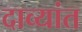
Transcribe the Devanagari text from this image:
दाव्यांत